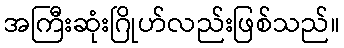
အကြီးဆုံးဂြိုဟ်လည်းဖြစ်သည်။